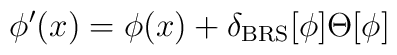
\phi^\prime(x)=\phi(x)+\delta_{\rm BRS}[\phi]\Theta[\phi]